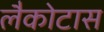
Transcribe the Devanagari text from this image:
लैकोटास